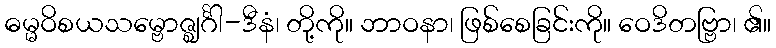
ဓမ္မဝိစယသမ္ဗောဇ္ဈင်္ဂါ-ဒီနံ၊ တို့ကို။ ဘာဝနာ၊ ဖြစ်စေခြင်းကို။ ဝေဒိတဗ္ဗြာ၊ ၏။